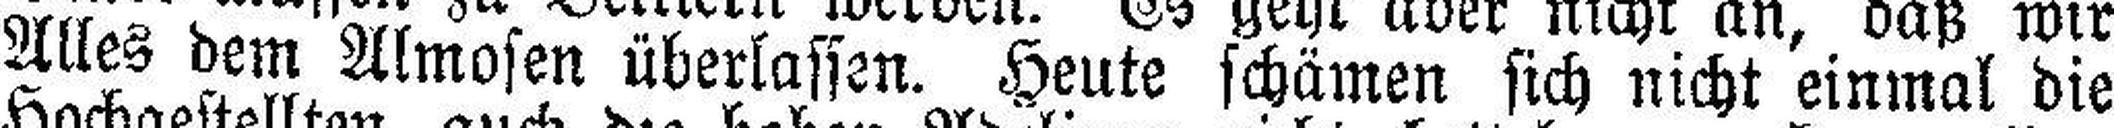
Alles dem Almosen überlassen. Heute schämen sich nicht einmal die